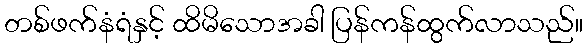
တစ်ဖက်နံရံနှင့် ထိမိသောအခါ ပြန်ကန်ထွက်လာသည်။